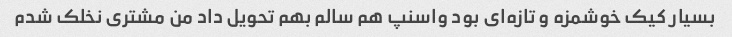
بسیار کیک خوشمزه و تازه‌ای بود واسنپ هم سالم بهم تحویل داد من مشتری نخلک شدم